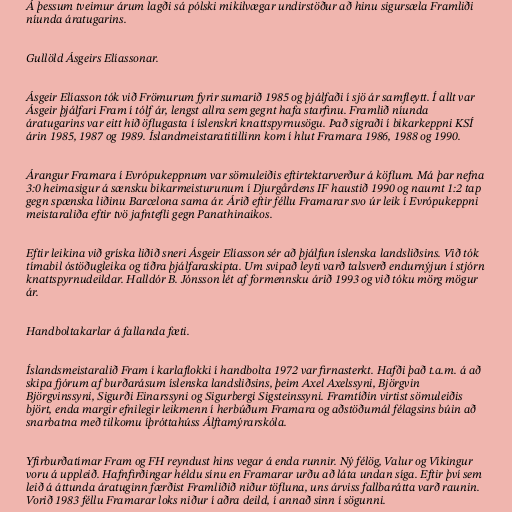
Á þessum tveimur árum lagði sá pólski mikilvægar undirstöður að hinu sigursæla Framliði
níunda áratugarins.

Gullöld Ásgeirs Elíassonar.

Ásgeir Elíasson tók við Frömurum fyrir sumarið 1985 og þjálfaði í sjö ár samfleytt. Í allt var
Ásgeir þjálfari Fram í tólf ár, lengst allra sem gegnt hafa starfinu. Framlið níunda
áratugarins var eitt hið öflugasta í íslenskri knattspyrnusögu. Það sigraði í bikarkeppni KSÍ
árin 1985, 1987 og 1989. Íslandmeistaratitillinn kom í hlut Framara 1986, 1988 og 1990.

Árangur Framara í Evrópukeppnum var sömuleiðis eftirtektarverður á köflum. Má þar nefna
3:0 heimasigur á sænsku bikarmeisturunum í Djurgårdens IF haustið 1990 og naumt 1:2 tap
gegn spænska liðinu Barcelona sama ár. Árið eftir féllu Framarar svo úr leik í Evrópukeppni
meistaraliða eftir tvö jafntefli gegn Panathinaikos.

Eftir leikina við gríska liðið sneri Ásgeir Elíasson sér að þjálfun íslenska landsliðsins. Við tók
tímabil óstöðugleika og tíðra þjálfaraskipta. Um svipað leyti varð talsverð endurnýjun í stjórn
knattspyrnudeildar. Halldór B. Jónsson lét af formennsku árið 1993 og við tóku mörg mögur
ár.

Handboltakarlar á fallanda fæti.

Íslandsmeistaralið Fram í karlaflokki í handbolta 1972 var firnasterkt. Hafði það t.a.m. á að
skipa fjórum af burðarásum íslenska landsliðsins, þeim Axel Axelssyni, Björgvin
Björgvinssyni, Sigurði Einarssyni og Sigurbergi Sigsteinssyni. Framtíðin virtist sömuleiðis
björt, enda margir efnilegir leikmenn í herbúðum Framara og aðstöðumál félagsins búin að
snarbatna með tilkomu íþróttahúss Álftamýrarskóla.

Yfirburðatímar Fram og FH reyndust hins vegar á enda runnir. Ný félög, Valur og Víkingur
voru á uppleið. Hafnfirðingar héldu sínu en Framarar urðu að láta undan síga. Eftir því sem
leið á áttunda áratuginn færðist Framliðið niður töfluna, uns árviss fallbarátta varð raunin.
Vorið 1983 féllu Framarar loks niður í aðra deild, í annað sinn í sögunni.